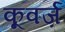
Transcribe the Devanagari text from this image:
कूवर्ज़